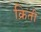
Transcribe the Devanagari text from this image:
क्रिती